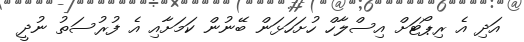
އަދި އެ ރިޕޯޓަށް އިސްލާހް ހުށަހަޅަން ބޭނުން ކަމަށާއި އެ ފުރުސަތު ނުދީ